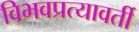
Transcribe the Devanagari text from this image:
विभवप्रत्यावर्ती